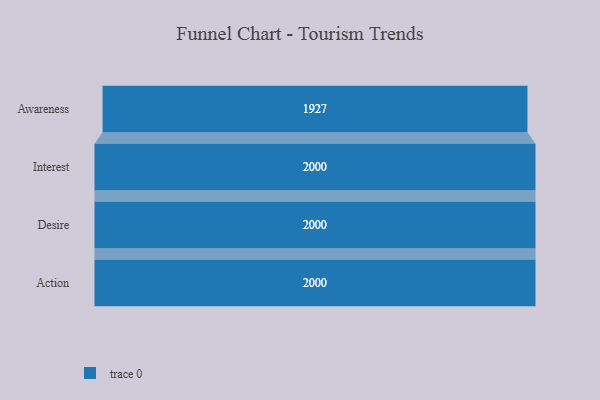
{"axis": {"x": "Stage", "y": "Value"}, "legend": [""], "data": [{"x": "Awareness", "y": 1927.0, "type": ""}, {"x": "Interest", "y": 2000, "type": ""}, {"x": "Desire", "y": 2000, "type": ""}, {"x": "Action", "y": 2000, "type": ""}]}